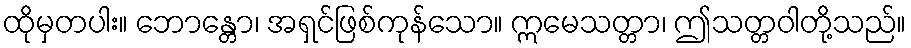
ထိုမှတပါး။ ဘောန္တော၊ အရှင်ဖြစ်ကုန်သော။ ဣမေသတ္တာ၊ ဤသတ္တဝါတို့သည်။